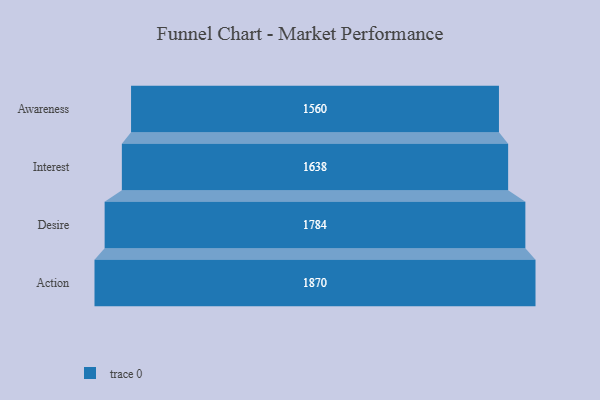
{"axis": {"x": "Stage", "y": "Value"}, "legend": [""], "data": [{"x": "Awareness", "y": 1560.0, "type": ""}, {"x": "Interest", "y": 1638.0, "type": ""}, {"x": "Desire", "y": 1784.0, "type": ""}, {"x": "Action", "y": 1870.0, "type": ""}]}